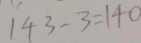
1 4 3 - 3 = 1 4 0